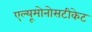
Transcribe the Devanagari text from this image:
एल्यूमोनोसटीकेट